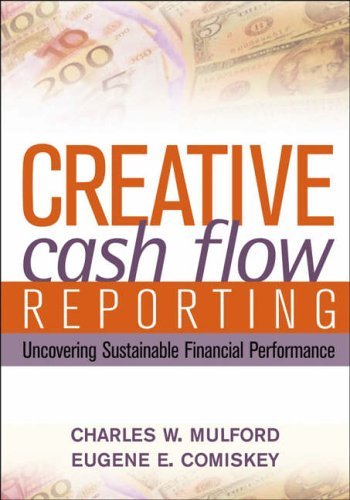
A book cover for Creative Cash Flow Reporting: Uncovering Sustainable Financial Performance; Charles W. Mulford; Business & Money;